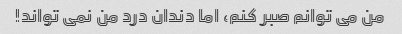
من می توانم صبر کنم، اما دندان درد من نمی تواند!